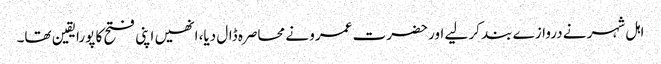
اہل شہر نے دروازے بند کر لیے اور حضرت عمرو نے محاصرہ ڈال دیا، انھیں اپنی فتح کا پورایقین تھا۔